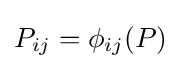
P_{ij}=\phi _{ij}(P)